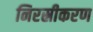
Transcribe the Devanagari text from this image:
निरस्रीकरण